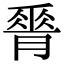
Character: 𦟝